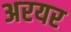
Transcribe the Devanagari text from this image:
अरयर